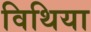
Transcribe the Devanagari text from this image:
विथिया